Medical and sanitary report of the native army of Bengal for the year
Year: 1876
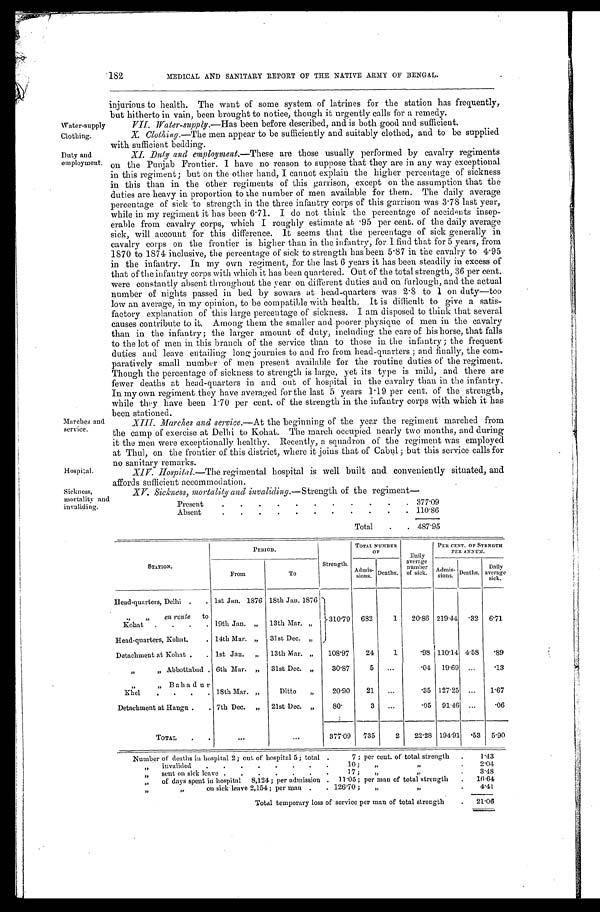
XV. Sickness, mortality and invaliding. —Strength of the regiment—
Present
377. 09
Absent
110. 86
Total 487.95
Sickness,
mortality and
invaliding.
182
Duty and
employment.
Marches and
service.
Hospital.
MEDICAL AND SANITARY REPORT OP THE NATIVE ARMY OF BENGAL.
injurious to health. The want of some system of latrines for the station has frequently,
but hitherto in vain, been brought to notice, though it urgently calls for a remedy.
XI. Duty and employment.— T h e s e
a r e t h o s e u s u a l l y p e r f o r m e d b y c a v a l r y r e g i m e n t s
on the Punjab Frontier. I have no reason to suppose that they are in any way exceptional
in this regiment; but on the other hand, I cannot explain the higher percentage of sickness
in this than in the other regiments of this garrison, except on the assumption that the
duties are heavy in proportion to the number of men available for them. The daily average
percentage of sick to strength in the three infantry corps of this garrison was 3.78 last year,
while in my regiment it has been 6.71. I do not think the percentage of accidents insep
-erable from cavalry corps, which I roughly estimate at .95 per cent. of the daily average
sick, will account for this difference. It seems that the percentage of sick generally in
cavalry corps on the frontier is higher than in the infantry, for I find that for 5 years, from
1870 to 1874 inclusive, the percentage of sick to strength has been 5.87 in the cavalry to 4.95
in the infantry. In my own regiment, for the last 6 years it has been steadily in excess of
that of the infantry corps with which it has been quartered. Out of the total strength, 36 per cent.
were constantly absent throughout the year on different duties and on furlough, and the actual
number of nights passed in bed by sowars at head-quarters was 2.8 to 1 on duty—too
low an average, in my opinion, to be compatible with health. It is difficult to give a satis
- f a c t o r y e x p l a n a t i o n o f t h i s l a r g e p e r c e n t a g e o f s i c k n e s s . I a m d i s p o s e d t o t h i n k t h a t s e v e r a l
causes contribute to it. Among them the smaller and poorer physique of men in the cavalry
than in the infantry; the larger amount of duty, including the care of his horse, that falls
to the lot of men in this branch of the service than to those in the infantry; the frequent
duties and leave entailing long journies to and fro from head-quarters; and finally, the com
- p a r a t i v e l y s m a l l n u m b e r o f m e n p r e s e n t a v a i l a b l e f o r t h e r o u t i n e d u t i e s o f t h e r e g i m e n t .
Though the percentage of sickness to strength is large, yet its type is mild, and there are
fewer deaths at head-quarters in and out of hospital in the cavalry than in the infantry.
In my own regiment they have averaged for the last 5 years 1.19 per cent. of the strength,
while they have been 1.70 per cent. of the strength in the infantry corps with which it has
been stationed.
XIII. Marches and service.—At the beginning of the year the regiment marched from
the camp of exercise at Delhi to Kohat. The march occupied nearly two months, and during
it the men were exceptionally healthy. Recently, a squadron of the regiment was employed
at Thul, on the frontier of this district, where it joins that of Cabul; but this service calls for
no sanitary remarks.
XIV. Hospital.—The regimental hospital is well built and conveniently situated, and
affords sufficient accommodation.
Water-supply Clothing.
VII. Water-supply.—Has been before described, and is both good and sufficient.
X. Clothing.—The men appear to be sufficiently and suitably clothed, and to be supplied
with sufficient bedding.
S T A T I O N .
P E R I O D .
Strength.
TOTAL NUMBER
O F
Daily
average number
of sick.
PER CENT. OF STRNGTH
PER ANNUM.
From
To
A d m i s - sions.
D e a t h s .
A d m i s -
s i o n s .
D e a t h s
Daily
average sick.
Head-quarters, Delhi
1st Jan. 1876 18th Jan. 1876
310.79
„ „ en route to
Kohat
19th Jan. „ 13th Mar. „
682
1 20.86 219.44 .32 6 . 7 1
Head-quarters, Kohat
14th Mar. „ 31st Dec. „
Detachment at Kohat
1st Jan. „ 13th Mar. „ 108.97 24 1 .98 110.14 4.58 . 8 9
„ „ Abbottabad 6th Mar. „ 31st Dec. „ 30.87
5
.04 19.69 .13
„ „Bahadur
Khel
18th Mar. „
Ditto „
20.90 21
.35 127.25
1.67
Detachment at Hangu
7th Dec. „ 21st Dec. „ 80.
3
.05 91.46 .06
TOTAL
377.09 735
2 22.28 194.91 .53 5.90
Number of deaths in hospital 2; out of hospital 5; total
7; per cent. of total strength
1.43
„ invalided
10; „ „ 2.04
„ sent on sick leave
17; „ „ 3 . 4 8
„ of days spent in hospital 8,124; per admission
11.05; per man of total strength
16.64
„ „ on sick leave 2,154; per man
126.70; „ „ 4 . 4 1
Total temporary loss of service per man of total strength
21.06